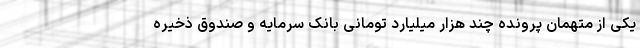
یکی از متهمان پرونده چند هزار میلیارد تومانی بانک سرمایه و صندوق ذخیره